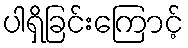
ပါရှိခြင်းကြောင့်